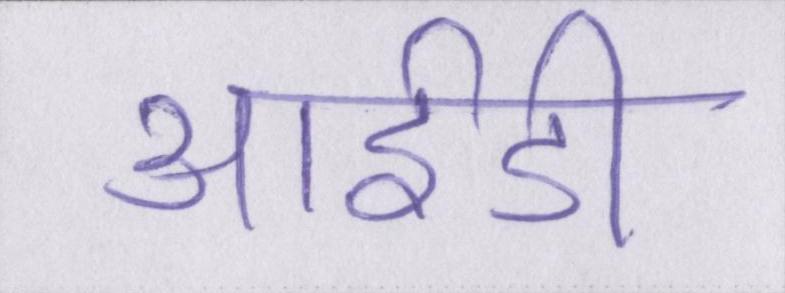
आईडी